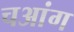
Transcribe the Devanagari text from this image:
चआंग